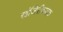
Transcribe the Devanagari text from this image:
खंजिरीवादक